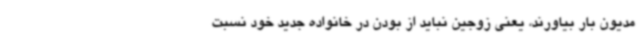
مدیون بار بیاورند، یعنی زوجین نباید از بودن در خانواده جدید خود نسبت